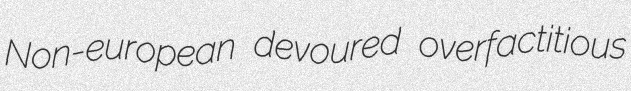
Non-european devoured overfactitious